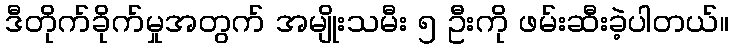
ဒီတိုက်ခိုက်မှုအတွက် အမျိုးသမီး ၅ ဦးကို ဖမ်းဆီးခဲ့ပါတယ်။